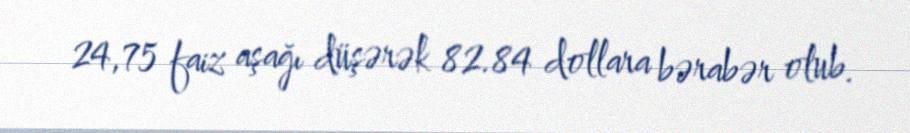
24,75 faiz aşağı düşərək 82.84 dollara bərabər olub.